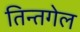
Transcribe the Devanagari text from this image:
तिन्तगेल